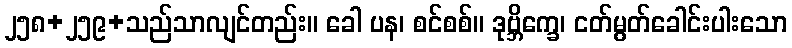
၂၅၈+၂၅၉+သည်သာလျင်တည်း။ ခေါ ပန၊ စင်စစ်။ ဒုဗ္ဘိက္ခေ၊ ငတ်မွတ်ခေါင်းပါးသော